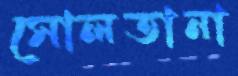
সোলতানা